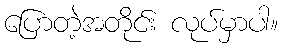
ပြောတဲ့အတိုင်း လုပ်မှာပါ။